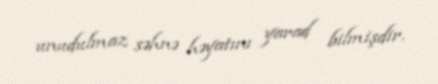
unudulmaz səhnə həyatını yarad bilmişdir.